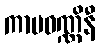
ကာမဝဏ္ဏိနီ